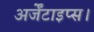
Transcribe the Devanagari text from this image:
अर्जेंटाइप्स।